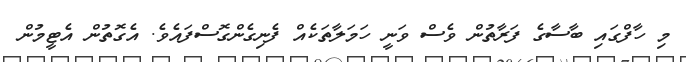
މި ހާފްގައި ބާސާގެ ފަރާތުން ވެސް ވަނީ ހަމަލާތަކެއް ފެނިގެންގޮސްފައެވެ. އެގޮތުން އެޓީމުން